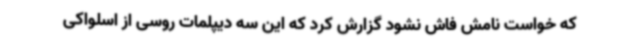
که خواست نامش فاش نشود گزارش کرد که این سه دیپلمات روسی از اسلواکی